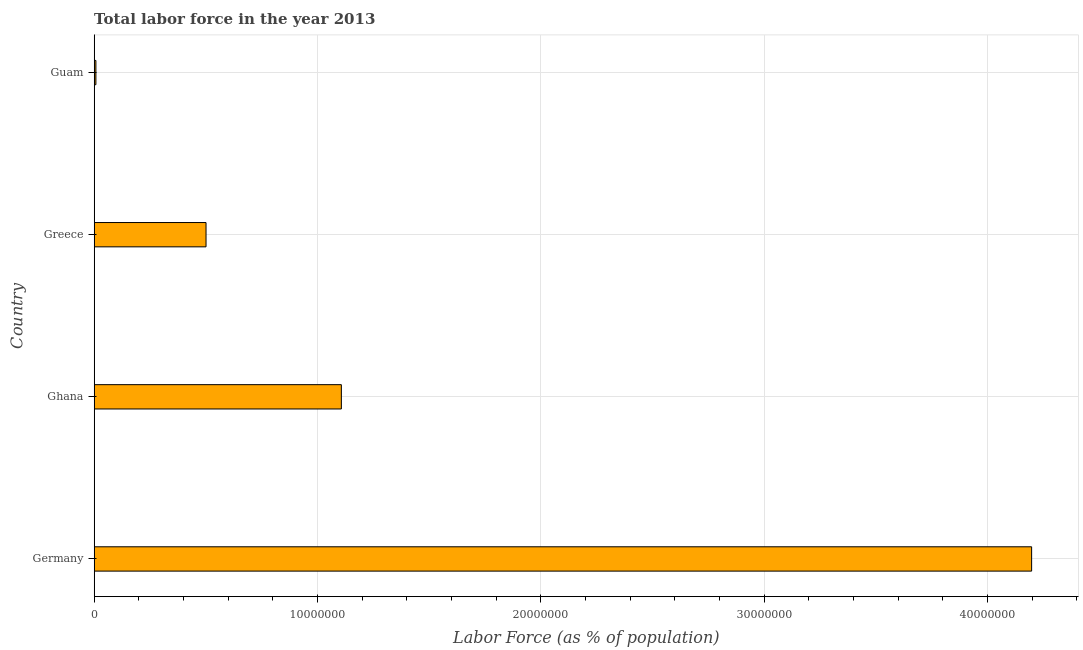
| Country | Labor force |
 | --- | --- |
 | Germany | 4.2e+07 |
 | Ghana | 1.11e+07 |
 | Greece | 5.01e+06 |
 | Guam | 7.62e+04 |